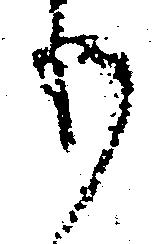
も